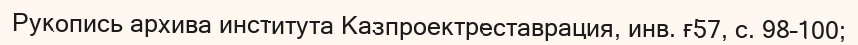
Рукопись архива института Казпроектреставрация, инв. ғ57, с. 98–100;